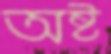
অষ্ট